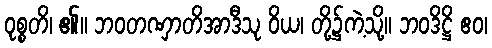
ဝုစ္စတိ၊ ၏။ ဘဝတဏှာတိအာဒီသု ဝိယ၊ တို့၌ကဲ့သို့။ ဘဝဒိဋ္ဌိ ဧဝ၊